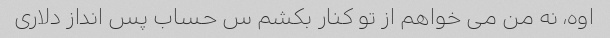
اوه، نه من می خواهم از تو کنار بکشم س حساب پس انداز دلاری